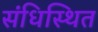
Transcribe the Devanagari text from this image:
संधिस्थित